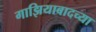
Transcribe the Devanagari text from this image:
गाझियाबादच्या